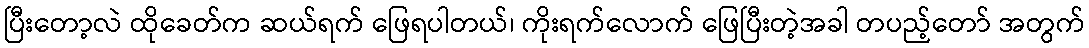
ပြီးတော့လဲ ထိုခေတ်က ဆယ်ရက် ဖြေရပါတယ်၊ ကိုးရက်လောက် ဖြေပြီးတဲ့အခါ တပည့်တော် အတွက်